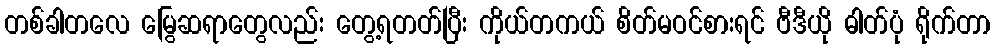
တစ်ခါတလေ မြွေဆရာတွေလည်း တွေ့ရတတ်ပြီး ကိုယ်တကယ် စိတ်မဝင်စားရင် ဗီဒီယို ဓါတ်ပုံ ရိုက်တာ